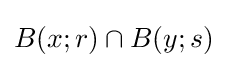
B(x;r)\cap B(y;s)